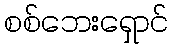
စစ်ဘေးရှောင်